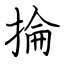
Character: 掄